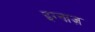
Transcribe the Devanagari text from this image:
इग्नाज़